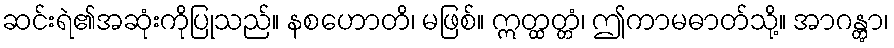
ဆင်းရဲ၏အဆုံးကိုပြုသည်။ နစဟောတိ၊ မဖြစ်။ ဣတ္ထတ္တံ၊ ဤကာမဓာတ်သို့။ အာဂန္တွာ၊